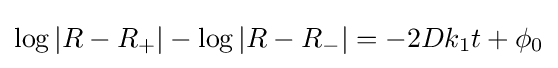
\log \left|R-R_{+}\right|-\log \left|R-R_{-}\right|=-2Dk_{1}t+\phi _{0}